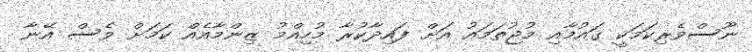
ނޫސްވެރިކަމަކީ ގައުމާއި މުޖުތަމައު އަށް ފައިދާކުރާ މުހިއްމު ޒިންމާއެއް ކަމަށް ވެސް އޭނާ